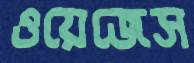
ওয়েজেস